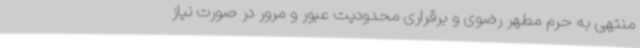
منتهی به حرم مطهر رضوی و برقراری محدودیت عبور و مرور در صورت نیاز